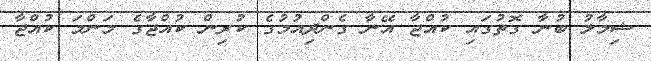
ޝިމާލު ބުނާ ގޮތުގައި ކުއްޖާ އޭނާ ގެންދިއުމުގެ ކުރިން ކުއްޖާގެ މަންމަ ކުއްޖާ